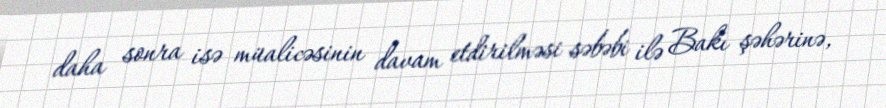
daha sonra isə müalicəsinin davam etdirilməsi səbəbi ilə Bakı şəhərinə,